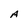
Character: A